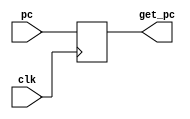

module get_pc_from_buffer(pc,clk,get_pc);


input [31:0]pc;
input clk;
output reg [31:0]get_pc;

always@(posedge clk)begin

	get_pc=pc;	

end

endmodule